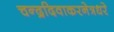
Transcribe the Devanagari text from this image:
चन्द्रदिवाकरनेत्रधरे